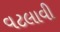
વટલાવી